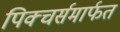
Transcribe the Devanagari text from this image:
पिक्चर्समार्फत